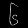
Digit: ၆